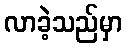
လာခဲ့သည်မှာ